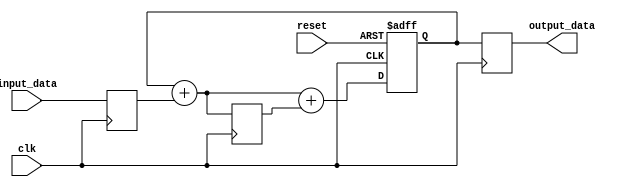
module cascaded_accumulator (
    input wire clk,
    input wire reset,
    input wire [7:0] input_data,
    output reg [15:0] output_data
);

reg [15:0] accumulator;

// First adder block
reg [7:0] adder1_in;
wire [15:0] adder1_out;

// Second adder block
reg [15:0] adder2_in;
wire [15:0] adder2_out;

// Connect adder blocks in cascade
assign adder1_out = accumulator + adder1_in;
assign adder2_out = adder1_out + adder2_in;

// Register blocks to store results
always @(posedge clk, posedge reset) begin
    if (reset) begin
        accumulator <= 16'h0000;
    end else begin
        accumulator <= adder2_out;
    end
end

// Assign input data to adder blocks
always @(posedge clk) begin
    adder1_in <= input_data;
    adder2_in <= adder1_out;
end

// Output data from accumulator
always @(posedge clk) begin
    output_data <= accumulator;
end

endmodule